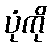
ပုံကို